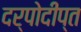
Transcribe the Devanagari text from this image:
दर्पोदीप्त